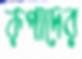
রূপাদের